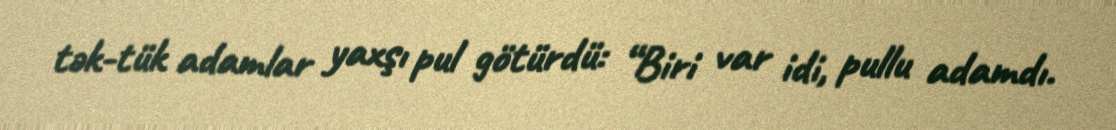
tək-tük adamlar yaxşı pul götürdü: “Biri var idi, pullu adamdı.